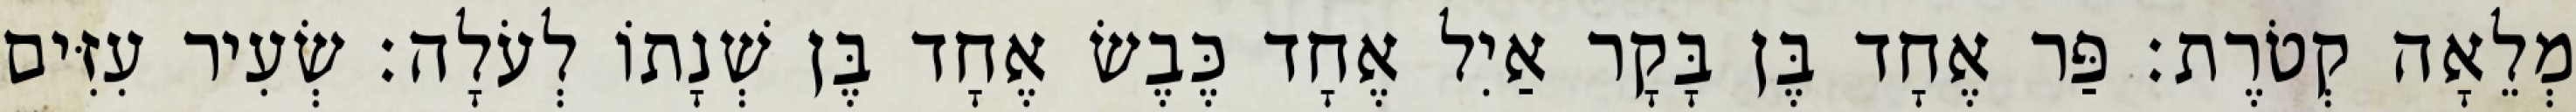
מְלֵאָה קְטֹרֶת׃ פַּר אֶחָד בֶּן בָּקָר אַיִל אֶחָד כֶּבֶשׂ אֶחָד בֶּן שְׁנָתוֹ לְעֹלָה׃ שְׂעִיר עִזִּים